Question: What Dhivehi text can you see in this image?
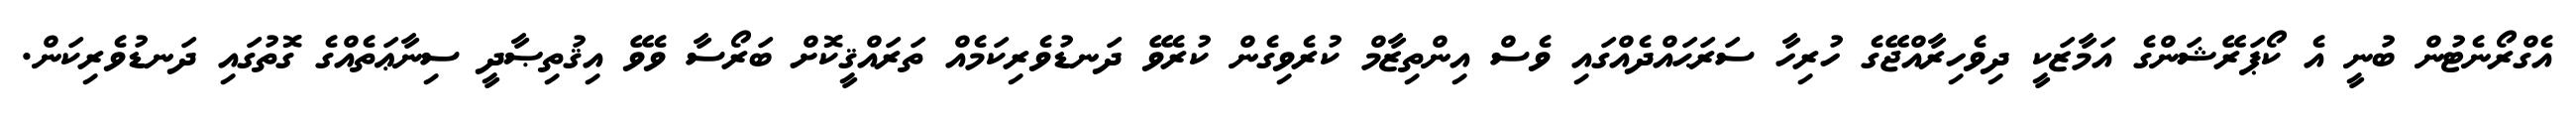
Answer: އެގްރޯނެޓުން ބުނީ އެ ކޯޕަރޭޝަންގެ އަމާޒަކީ ދިވެހިރާއްޖޭގެ ހުރިހާ ސަރަޙައްދެއްގައި ވެސް އިންތިޒާމް ކުރެވިގެން ކުރެވޭ ދަނޑުވެރިކަމެއް ތަރައްޤީކޮށް ބަރޯސާ ވެވޭ އިޤުތިޞާދީ ސިނާޢަތެއްގެ ގޮތުގައި ދަނޑުވެރިކަން.